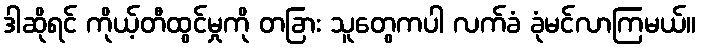
ဒါဆိုရင် ကိုယ့်တီထွင်မှုကို တခြား သူတွေကပါ လက်ခံ ခုံမင်လာကြမယ်။